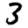
Digit: 3